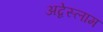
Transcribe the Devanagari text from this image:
अब्देस्लाम